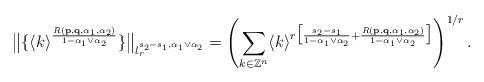
LaTeX: \begin{align*} \big\|\{\langle k\rangle^{\frac{R(\mathbf{p},\mathbf{q},\alpha_1,\alpha_2)}{1-\alpha_1\vee \alpha_2}}\}\big\|_{l_{r}^{s_2-s_1,\alpha_1\vee \alpha_2}}=\left(\sum_{k\in \mathbb{Z}^n}\langle k\rangle^{r\big[\frac{s_2-s_1}{1-\alpha_1\vee \alpha_2}+\frac{R(\mathbf{p},\mathbf{q},\alpha_1,\alpha_2)}{1-\alpha_1\vee \alpha_2}\big]}\right)^{1/r}.\end{align*}